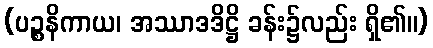
(ပဉ္စနိကာယ၊ အဿာဒဒိဋ္ဌိ ခန်း၌လည်း ရှိ၏။)